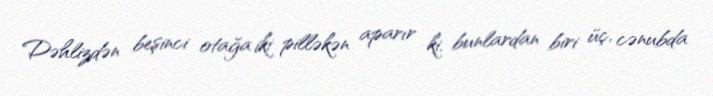
Dəhlizdən beşinci otağa iki pilləkən aparır ki, bunlardan biri üç, cənubda